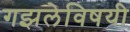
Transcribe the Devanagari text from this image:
गझलेविषयी